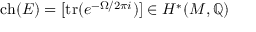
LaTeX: \operatorname { c h } ( E ) = [ \operatorname { t r } ( e ^ { - \Omega / 2 \pi i } ) ] \in H ^ { * } ( M , \mathbb { Q } )